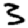
Digit: 3